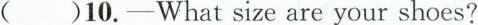
()10.-What size are your shoes?